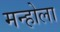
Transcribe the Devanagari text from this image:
मन्होला